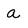
Character: a